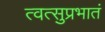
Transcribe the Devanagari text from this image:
त्वत्सुप्रभातं